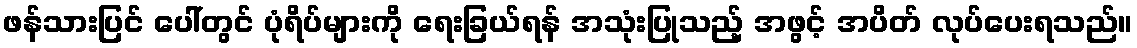
ဖန်သားပြင် ပေါ်တွင် ပုံရိပ်များကို ရေးခြယ်ရန် အသုံးပြုသည့် အဖွင့် အပိတ် လုပ်ပေးရသည်။